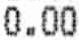
0.00